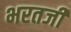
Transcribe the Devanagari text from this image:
भरतजी